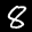
Label: 8